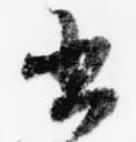
書